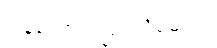
ပြန်ထောက်ပြရလိမ့်မယ်။